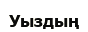
Уыздың